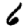
Digit: 6